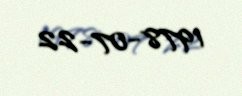
1978-07-22